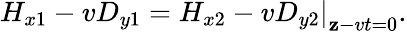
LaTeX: \left.H_{x1}-vD_{y1}=H_{x2}-vD_{y2}\right|_{\mathbf{z}-vt=0}.